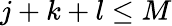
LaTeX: j+k+l\le M